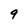
Character: 9